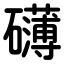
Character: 礴